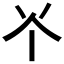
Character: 𫢊